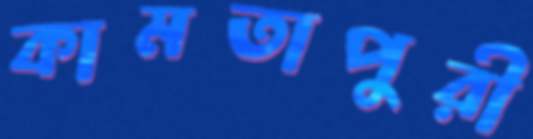
কামতাপুরী